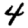
Digit: 4